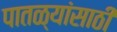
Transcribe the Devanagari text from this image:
पातळ्यांसाठी